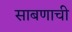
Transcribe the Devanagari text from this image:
साबणाची